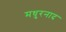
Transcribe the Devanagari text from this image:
मधुरनाद